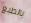
بالطبع